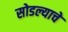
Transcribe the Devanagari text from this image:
सोडल्याचे